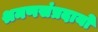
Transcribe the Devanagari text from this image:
श्रमणसंप्रदायों